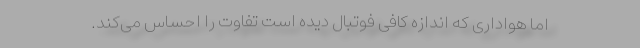
اما هواداری که اندازه کافی فوتبال دیده است تفاوت را احساس می‌کند.